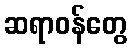
ဆရာဝန်တွေ